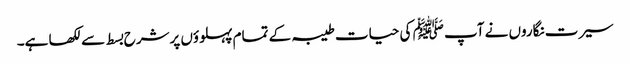
سیرت نگاروں نے آپ ﷺ کی حیات طیبہ کے تمام پہلوؤں پرشرح بسط سےلکھا ہے۔